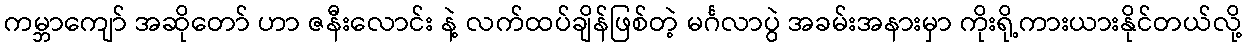
ကမ္ဘာကျော် အဆိုတော် ဟာ ဇနီးလောင်း နဲ့ လက်ထပ်ချိန်ဖြစ်တဲ့ မင်္ဂလာပွဲ အခမ်းအနားမှာ ကိုးရို့ကားယားနိုင်တယ်လို့